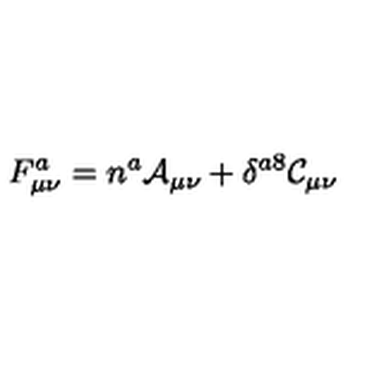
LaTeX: F _ { \mu \nu } ^ { a } = n ^ { a } \mathcal { A } _ { \mu \nu } + \delta ^ { a 8 } \mathcal { C } _ { \mu \nu }